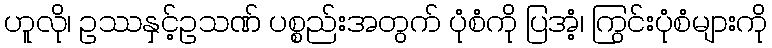
ဟူလို၊ ဥဿနှင့်ဥသဏ် ပစ္စည်းအတွက် ပုံစံကို ပြအံ့၊ ကြွင်းပုံစံများကို